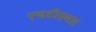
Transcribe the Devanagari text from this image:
एचटीएमल